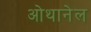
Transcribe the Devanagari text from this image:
ओथानेल